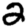
Digit: 2